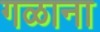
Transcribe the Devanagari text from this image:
गळाना